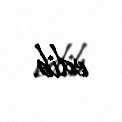
edib.